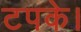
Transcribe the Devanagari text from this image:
टपके।